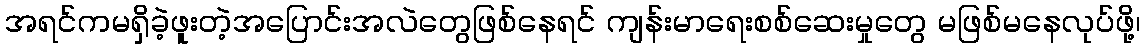
အရင်ကမရှိခဲ့ဖူးတဲ့အပြောင်းအလဲတွေဖြစ်နေရင် ကျန်းမာရေးစစ်ဆေးမှုတွေ မဖြစ်မနေလုပ်ဖို့၊